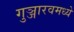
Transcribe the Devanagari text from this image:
गुञ्जारवमध्ये